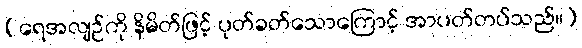
(ရေအလျဉ်ကို နိမိတ်ဖြင့် ပုတ်ခတ်သောကြောင့် အာပတ်တပ်သည်။)